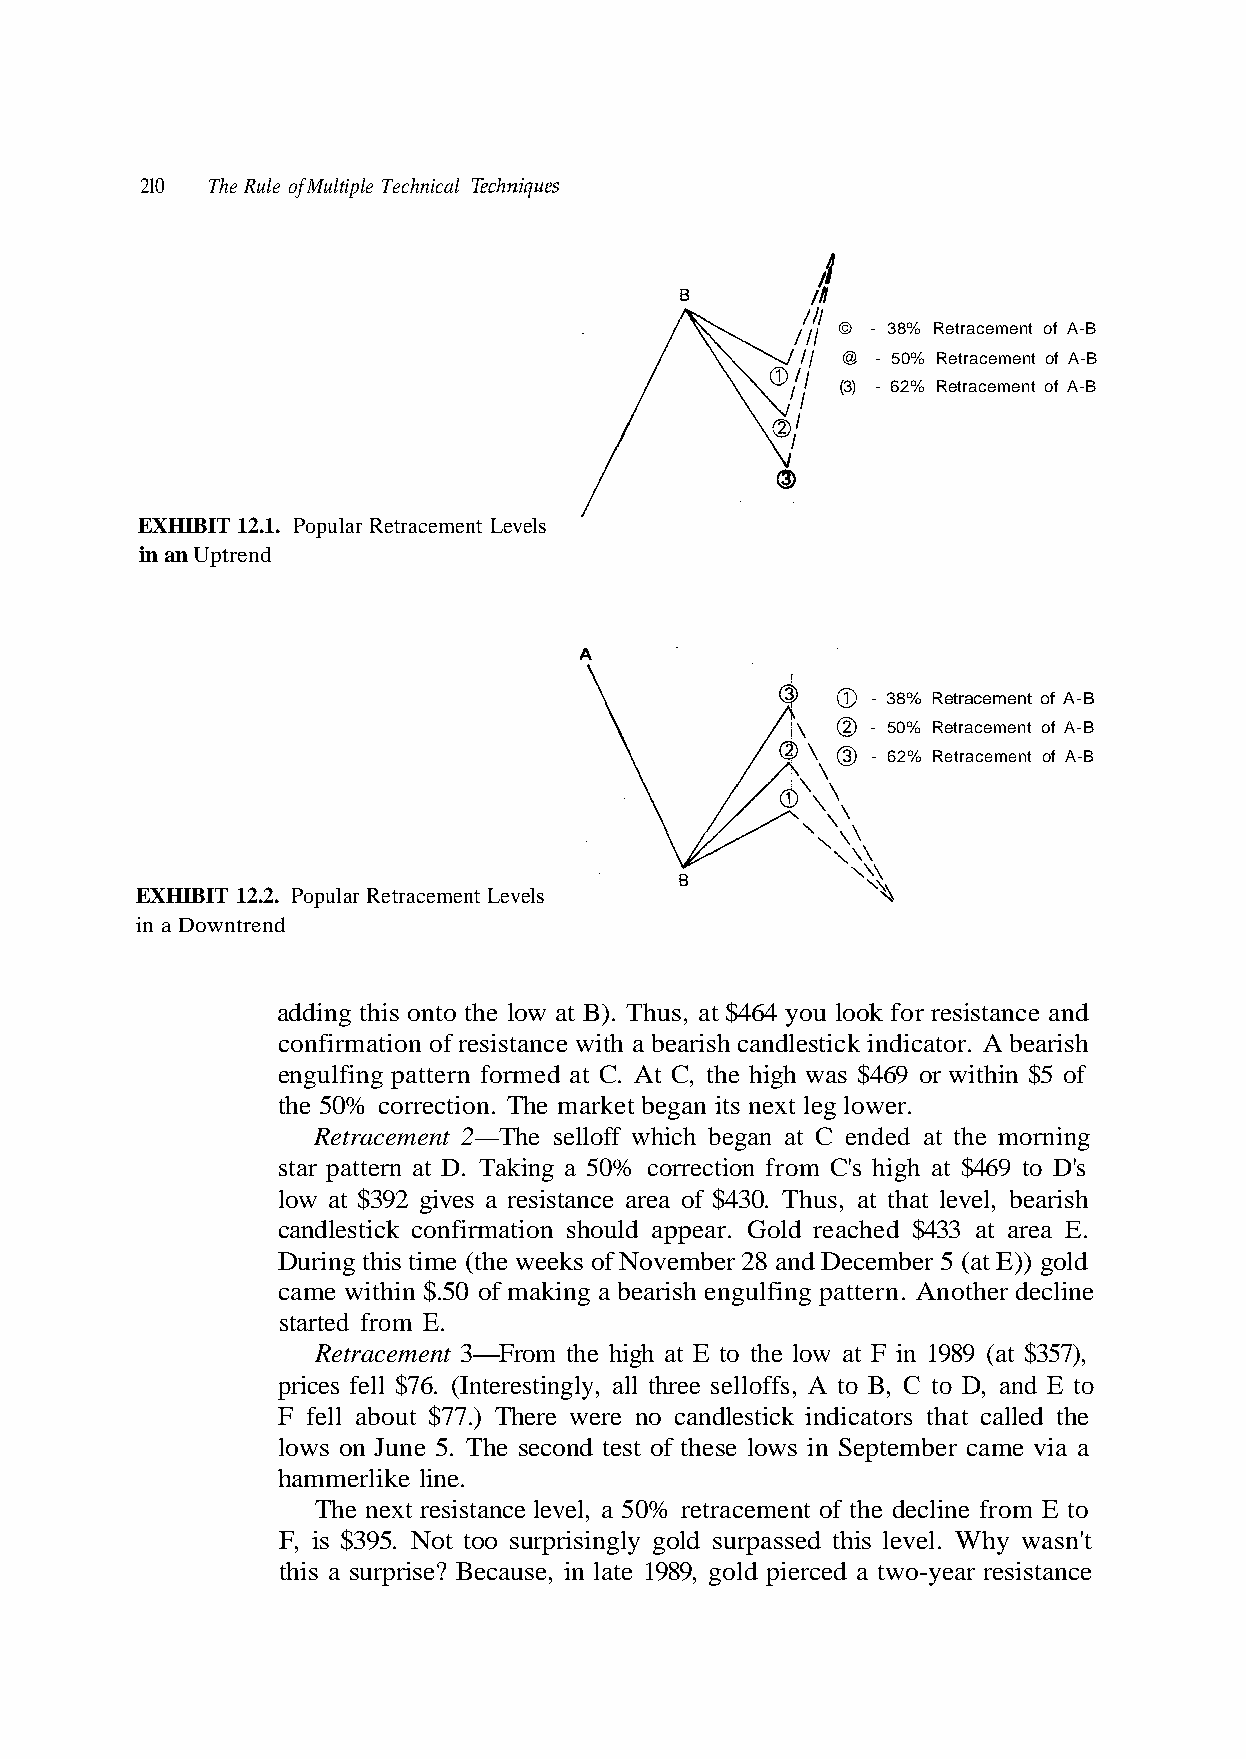
210  The Rule of Multiple Technical Techniques
 © - 38% Retracement of A-B
 @ - 50% Retracement of A-B
 (3) - 62% Retracement of A-B
 EXHIBIT 12.1. Popular Retracement Levels
 in an Uptrend
 - 38% Retracement of A-B
 - 50% Retracement of A-B
 - 62% Retracement of A-B
 EXHIBIT 12.2. Popular Retracement Levels
 in a Downtrend
 adding this onto the low at B). Thus, at $464 you look for resistance and
 engulfing pattern formed at C. At C, the high was $469 or within $5 of
 the 50% correction. The market began its next leg lower.
 Retracement 2—The selloff which began at C ended at the morning
 star pattern at D. Taking a 50% correction from C's high at $469 to D's
 low at $392 gives a resistance area of $430. Thus, at that level, bearish
 During this time (the weeks of November 28 and December 5 (at E)) gold
 came within $.50 of making a bearish engulfing pattern. Another decline
 started from E.
 prices fell $76. (Interestingly, all three selloffs, A to B, C to D, and E to
 F fell about $77.) There were no candlestick indicators that called the
 hammerlike line.
 The next resistance level, a 50% retracement of the decline from E to
 F, is $395. Not too surprisingly gold surpassed this level. Why wasn't
 this a surprise? Because, in late 1989, gold pierced a two-year resistance
 a a i v e m a c r e
 ),
 b
 7
 m
 5 3
 e
 $
 t p
 at
 e
 (
 S
 a E.
 989
 in
 re
 1
 s
 at a
 in
 ow
 3
 F
 l
 43
 t
 e
 $
 a
 s
 ed
 w
 he
 h
 o
 t
 eac
 e l
 of
 d r
 th
 t
 ol
 o
 es
 G
 t
 t
 r.
 E
 d
 pea
 at
 on
 d ap
 igh
 sec
 oul
 h
 e
 h
 e
 h
 s
 h
 T
 ation
 om t
 5.
 m
 Fr
 e
 fir
 —
 n
 n
 u
 co
 3
 J
 confirmation of resistance with a bearish candlestick indicator. A bearish
 candlestick
 tracement
 lows on
 e R